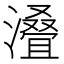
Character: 𣿫